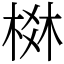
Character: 棥